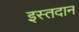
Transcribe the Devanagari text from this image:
इस्तदान